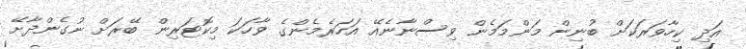
އަދި ކިހާވަރަކަށް ބުނިން މަންމަމެން ވިސްނާނެއޭ އަހަރެމެންގެ ވާހަކަ މިކޮޓަރިން ބޭރަށް ނުގެންދާށޭ